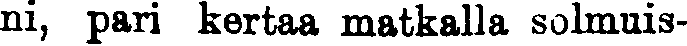
ni, pari kertaa matkalla solmuis-